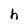
Character: h